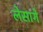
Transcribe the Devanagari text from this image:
लेसागे